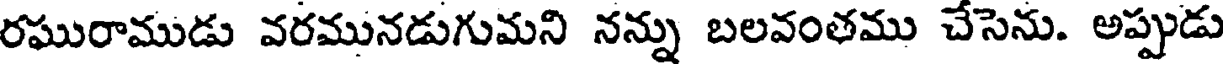
రఘురాముడు వరమునడుగుమని నన్ను బలవంతము చేసెను. అప్పుడు